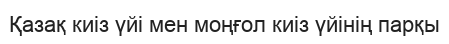
Қазақ киіз үйі мен моңғол киіз үйінің парқы